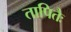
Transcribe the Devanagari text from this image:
तापितैः